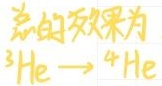
总的效果为
$^{3}\mathrm{He}\rightarrow{}^{4}\mathrm{He}$